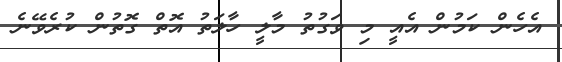
އެހެން ކަމުން އެއީ މި ވަގުތު މާލީ ހާލަތު އޮތް ގޮތުން ކުރެވޭނެ